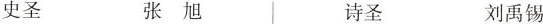
史圣 张旭 诗圣 刘禹锡